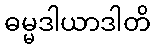
ဓမ္မဒါယာဒါတိ